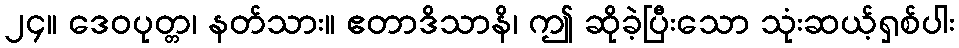
၂၄။ ဒေဝပုတ္တ၊ နတ်သား။ ဧတာဒိသာနိ၊ ဤ ဆိုခဲ့ပြီးသော သုံးဆယ့်ရှစ်ပါး